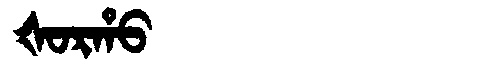
Manchu: ᡧᠣᡵᡥᠣ
Romanization: ŠORHO